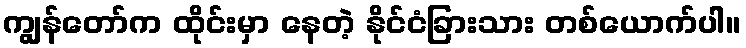
ကျွန်တော်က ထိုင်းမှာ နေတဲ့ နိုင်ငံခြားသား တစ်ယောက်ပါ။